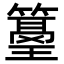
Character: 𥲓